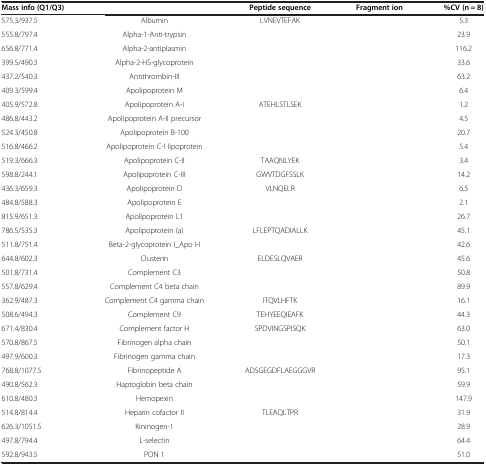
<table><thead><tr><td><b>Mass info (Q1/Q3)</b></td><td>[EMPTY_CELL]</td><td><b>Peptide sequence</b></td><td><b>Fragment ion</b></td><td><b>%CV (n = 8)</b></td></tr></thead><tbody><tr><td>575.3/937.5</td><td>Albumin</td><td>LVNEVTEFAK</td><td>[EMPTY_CELL]</td><td>5.3</td></tr><tr><td>555.8/797.4</td><td>Alpha-1-Anti-trypsin</td><td>[EMPTY_CELL]</td><td>[EMPTY_CELL]</td><td>23.9</td></tr><tr><td>656.8/771.4</td><td>Alpha-2-antiplasmin</td><td>[EMPTY_CELL]</td><td>[EMPTY_CELL]</td><td>116.2</td></tr><tr><td>399.5/490.3</td><td>Alpha-2-HS-glycoprotein</td><td>[EMPTY_CELL]</td><td>[EMPTY_CELL]</td><td>33.6</td></tr><tr><td>437.2/540.3</td><td>Antithrombin-III</td><td>[EMPTY_CELL]</td><td>[EMPTY_CELL]</td><td>63.2</td></tr><tr><td>409.3/599.4</td><td>Apolipoprotein M</td><td>[EMPTY_CELL]</td><td>[EMPTY_CELL]</td><td>6.4</td></tr><tr><td>405.9/572.8</td><td>Apolipoprotein A-I</td><td>ATEHLSTLSEK</td><td>[EMPTY_CELL]</td><td>1.2</td></tr><tr><td>486.8/443.2</td><td>Apolipoprotein A-II precursor</td><td>[EMPTY_CELL]</td><td>[EMPTY_CELL]</td><td>4.5</td></tr><tr><td>524.3/450.8</td><td>Apolipoprotein B-100</td><td>[EMPTY_CELL]</td><td>[EMPTY_CELL]</td><td>20.7</td></tr><tr><td>516.8/466.2</td><td>Apolipoprotein C-I lipoprotein</td><td>[EMPTY_CELL]</td><td>[EMPTY_CELL]</td><td>5.4</td></tr><tr><td>519.3/666.3</td><td>Apolipoprotein C-II</td><td>TAAQNLYEK</td><td>[EMPTY_CELL]</td><td>3.4</td></tr><tr><td>598.8/244.1</td><td>Apolipoprotein C-III</td><td>GWVTDGFSSLK</td><td>[EMPTY_CELL]</td><td>14.2</td></tr><tr><td>436.3/659.3</td><td>Apolipoprotein D</td><td>VLNQELR</td><td>[EMPTY_CELL]</td><td>6.5</td></tr><tr><td>484.8/588.3</td><td>Apolipoprotein E</td><td>[EMPTY_CELL]</td><td>[EMPTY_CELL]</td><td>2.1</td></tr><tr><td>815.9/651.3</td><td>Apolipoprotein L1</td><td>[EMPTY_CELL]</td><td>[EMPTY_CELL]</td><td>26.7</td></tr><tr><td>786.5/535.3</td><td>Apolipoprotein (a)</td><td>LFLEPTQADIALLK</td><td>[EMPTY_CELL]</td><td>45.1</td></tr><tr><td>511.8/751.4</td><td>Beta-2-glycoprotein I_Apo H</td><td>[EMPTY_CELL]</td><td>[EMPTY_CELL]</td><td>42.6</td></tr><tr><td>644.8/602.3</td><td>Clusterin</td><td>ELDESLQVAER</td><td>[EMPTY_CELL]</td><td>45.6</td></tr><tr><td>501.8/731.4</td><td>Complement C3</td><td>[EMPTY_CELL]</td><td>[EMPTY_CELL]</td><td>50.8</td></tr><tr><td>557.8/629.4</td><td>Complement C4 beta chain</td><td>[EMPTY_CELL]</td><td>[EMPTY_CELL]</td><td>89.9</td></tr><tr><td>362.9/487.3</td><td>Complement C4 gamma chain</td><td>ITQVLHFTK</td><td>[EMPTY_CELL]</td><td>16.1</td></tr><tr><td>508.6/494.3</td><td>Complement C9</td><td>TEHYEEQIEAFK</td><td>[EMPTY_CELL]</td><td>44.3</td></tr><tr><td>671.4/830.4</td><td>Complement factor H</td><td>SPDVINGSPISQK</td><td>[EMPTY_CELL]</td><td>63.0</td></tr><tr><td>570.8/867.5</td><td>Fibrinogen alpha chain</td><td>[EMPTY_CELL]</td><td>[EMPTY_CELL]</td><td>50.1</td></tr><tr><td>497.9/600.3</td><td>Fibrinogen gamma chain</td><td>[EMPTY_CELL]</td><td>[EMPTY_CELL]</td><td>17.3</td></tr><tr><td>768.8/1077.5</td><td>Fibrinopeptide A</td><td>ADSGEGDFLAEGGGVR</td><td>[EMPTY_CELL]</td><td>95.1</td></tr><tr><td>490.8/562.3</td><td>Haptoglobin beta chain</td><td>[EMPTY_CELL]</td><td>[EMPTY_CELL]</td><td>59.9</td></tr><tr><td>610.8/480.3</td><td>Hemopexin</td><td>[EMPTY_CELL]</td><td>[EMPTY_CELL]</td><td>147.9</td></tr><tr><td>514.8/814.4</td><td>Heparin cofactor II</td><td>TLEAQLTPR</td><td>[EMPTY_CELL]</td><td>31.9</td></tr><tr><td>626.3/1051.5</td><td>Kininogen-1</td><td>[EMPTY_CELL]</td><td>[EMPTY_CELL]</td><td>28.9</td></tr><tr><td>497.8/794.4</td><td>L-selectin</td><td>[EMPTY_CELL]</td><td>[EMPTY_CELL]</td><td>64.4</td></tr><tr><td>592.8/943.5</td><td>PON 1</td><td>[EMPTY_CELL]</td><td>[EMPTY_CELL]</td><td>51.0</td></tr></tbody></table>